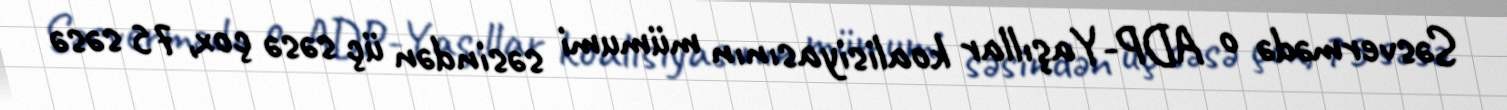
Səsvermədə o ADP-Yaşıllar koalisiyasının mümumi səsindən üç səsə çox, 75 səsə